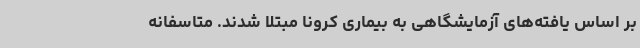
بر اساس یافته‌های آزمایشگاهی به بیماری کرونا مبتلا شدند. متاسفانه